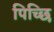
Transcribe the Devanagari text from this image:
पिच्छि